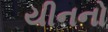
યીનનો